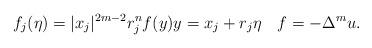
LaTeX: \begin{align*} f_j(\eta) = |x_j|^{2m-2} r^n_jf(y)y=x_j+r_j\eta\quad f=-\Delta^mu. \end{align*}